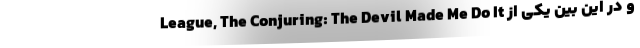
League, The Conjuring: The Devil Made Me Do It و در این بین یکی از